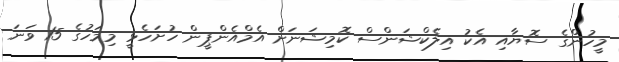
މީހުންގެ ސޮޔާއި އެކު އިލެކްޝަންސް ކޮމިޝަނަށް އެމްއެންޕީން ހުށަހެޅީ މިމަހުގެ 15 ވަނަ